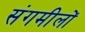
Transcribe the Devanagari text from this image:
संगमीलों